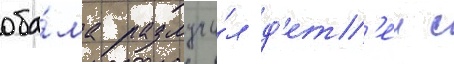
оба́ма разлучи́л д'ет'еи с